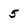
Character: 5